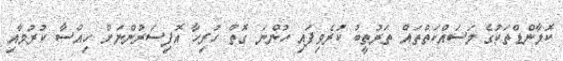
ކޮމާންޑްތަކުގެ މަސައްކަތްތައް ތަރުތީބު ކުރެވިފައި ހުންނަ ގޮތް ހުރިހާ އޮފިސަރުންނަށް ހިއްސާ ކުރުމާއި